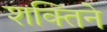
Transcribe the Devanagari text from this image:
शक्तिने